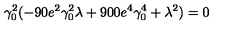
\gamma _ { 0 } ^ { 2 } ( - 9 0 e ^ { 2 } \gamma _ { 0 } ^ { 2 } \lambda + 9 0 0 e ^ { 4 } \gamma _ { 0 } ^ { 4 } + \lambda ^ { 2 } ) = 0